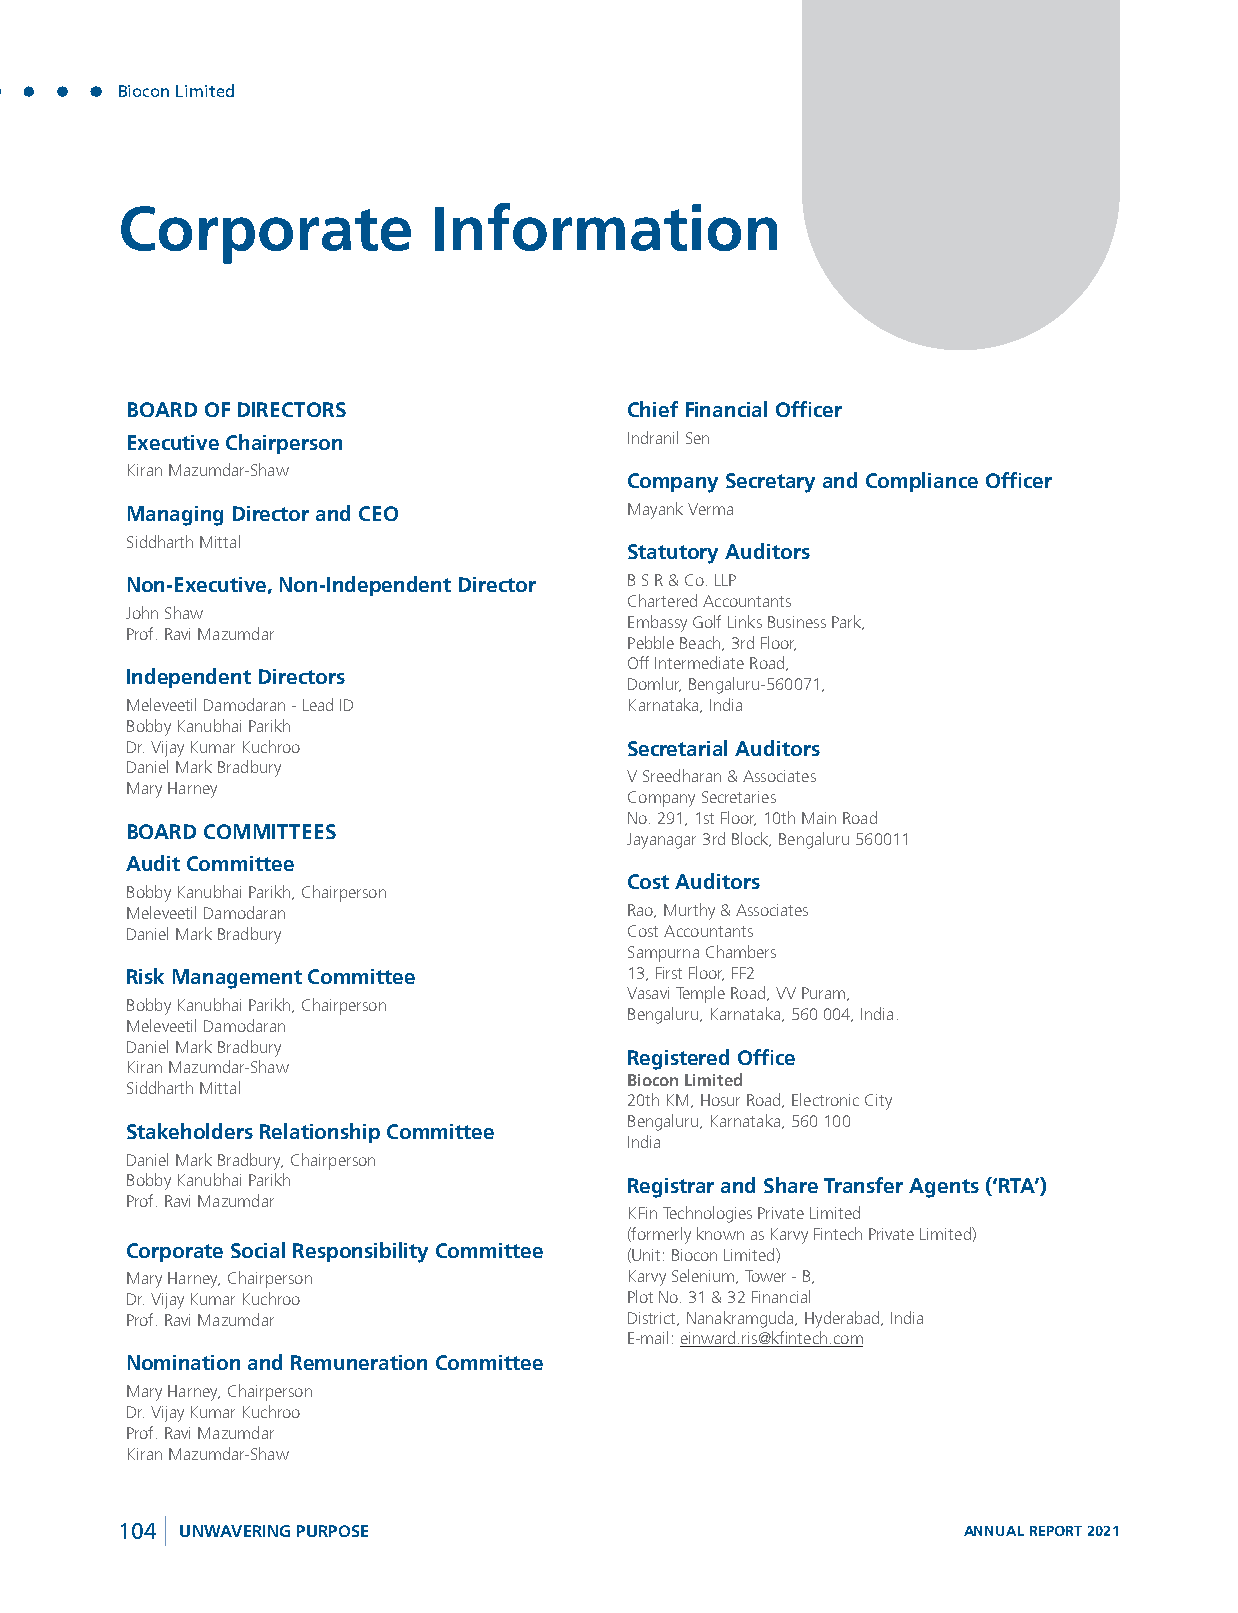
Biocon Limited
 Corporate            Information
 BOARD OF DIRECTORS                Chief Financial Officer
 Executive Chairperson             Indranil Sen
 Kiran Mazumdar-Shaw
 Company Secretary and Compliance Officer
 Managing Director and CEO         Mayank Verma
 Siddharth Mittal
 Statutory Auditors
 Non-Executive, Non-Independent Director B S R & Co. LLP
 Chartered Accountants
 John Shaw
 Embassy Golf Links Business Park,
 Prof. Ravi Mazumdar
 Pebble Beach, 3rd Floor,
 Off Intermediate Road,
 Independent Directors
 Domlur, Bengaluru-560071,
 Meleveetil Damodaran - Lead ID    Karnataka, India
 Bobby Kanubhai Parikh
 Dr. Vijay Kumar Kuchroo           Secretarial Auditors
 Daniel Mark Bradbury
 V Sreedharan & Associates
 Mary Harney
 Company Secretaries
 No. 291, 1st Floor, 10th Main Road
 BOARD COMMITTEES
 Jayanagar 3rd Block, Bengaluru 560011
 Audit Committee
 Cost Auditors
 Bobby Kanubhai Parikh, Chairperson
 Meleveetil Damodaran              Rao, Murthy & Associates
 Daniel Mark Bradbury              Cost Accountants
 Sampurna Chambers
 Risk Management Committee         13, First Floor, FF2
 Vasavi Temple Road, VV Puram,
 Bobby Kanubhai Parikh, Chairperson
 Bengaluru, Karnataka, 560 004, India.
 Meleveetil Damodaran
 Daniel Mark Bradbury
 Registered Office
 Kiran Mazumdar-Shaw
 Biocon Limited
 Siddharth Mittal
 20th KM, Hosur Road, Electronic City
 Bengaluru, Karnataka, 560 100
 Stakeholders Relationship Committee
 India
 Daniel Mark Bradbury, Chairperson
 Bobby Kanubhai Parikh             Registrar and Share Transfer Agents (‘RTA’)
 Prof. Ravi Mazumdar
 KFin Technologies Private Limited
 (formerly known as Karvy Fintech Private Limited)
 Corporate Social Responsibility Committee
 (Unit: Biocon Limited)
 Mary Harney, Chairperson          Karvy Selenium, Tower - B,
 Dr. Vijay Kumar Kuchroo           Plot No. 31 & 32 Financial
 Prof. Ravi Mazumdar               District, Nanakramguda, Hyderabad, India
 E-mail: einward.ris@kfintech.com
 Nomination and Remuneration Committee
 Mary Harney, Chairperson
 Dr. Vijay Kumar Kuchroo
 Prof. Ravi Mazumdar
 Kiran Mazumdar-Shaw
 104 UNWAVERING PURPOSE                                  ANNUAL REPORT 2021